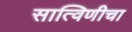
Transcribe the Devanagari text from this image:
सात्विणीचा